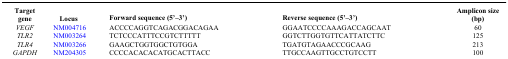
<table><thead><tr><td><b>Target gene</b></td><td><b>Locus</b></td><td><b>Forward sequence (5’–3’)</b></td><td><b>Reverse sequence (5’–3’)</b></td><td><b>Amplicon size (bp)</b></td></tr></thead><tbody><tr><td><i>VEGF</i></td><td>NM004716</td><td>ACCCCAGGTCAGACGGACAGAA</td><td>GGAATCCCCAAAGACCAGCAAT</td><td>60</td></tr><tr><td><i>TLR2</i></td><td>NM003264</td><td>TCTCCCATTTCCGTCTTTTT</td><td>GGTCTTGGTGTTCATTATCTTC</td><td>125</td></tr><tr><td><i>TLR4</i></td><td>NM003266</td><td>GAAGCTGGTGGCTGTGGA</td><td>TGATGTAGAACCCGCAAG</td><td>213</td></tr><tr><td><i>GAPDH</i></td><td>NM204305</td><td>CCCCACACACATGCACTTACC</td><td>TTGCCAAGTTGCCTGTCCTT</td><td>100</td></tr></tbody></table>